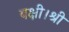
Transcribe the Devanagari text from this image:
बक्षी।श्री